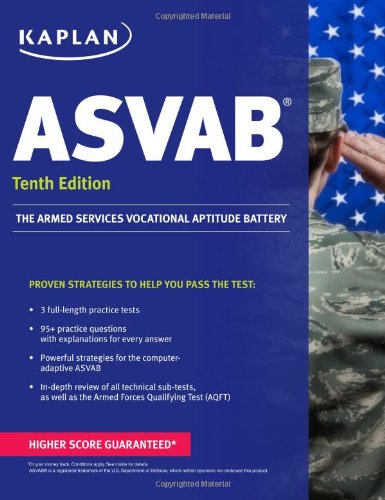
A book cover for Kaplan ASVAB (Kaplan Test Prep); Kaplan; Test Preparation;